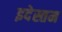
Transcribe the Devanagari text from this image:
इदेस्तम